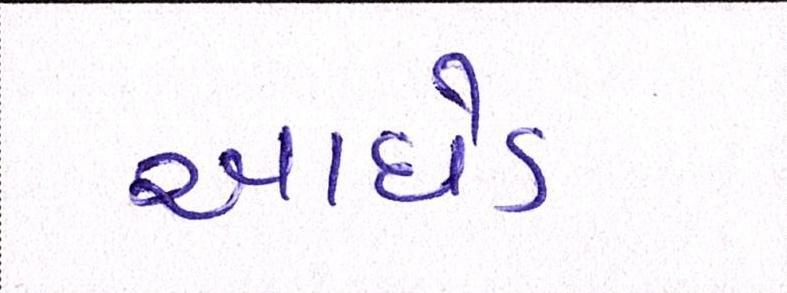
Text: આધેડ